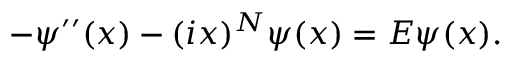
- \psi ^ { \prime \prime } ( x ) - ( i x ) ^ { N } \psi ( x ) = E \psi ( x ) .